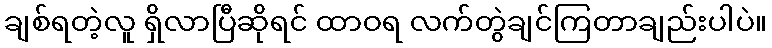
ချစ်ရတဲ့လူ ရှိလာပြီဆိုရင် ထာဝရ လက်တွဲချင်ကြတာချည်းပါပဲ။